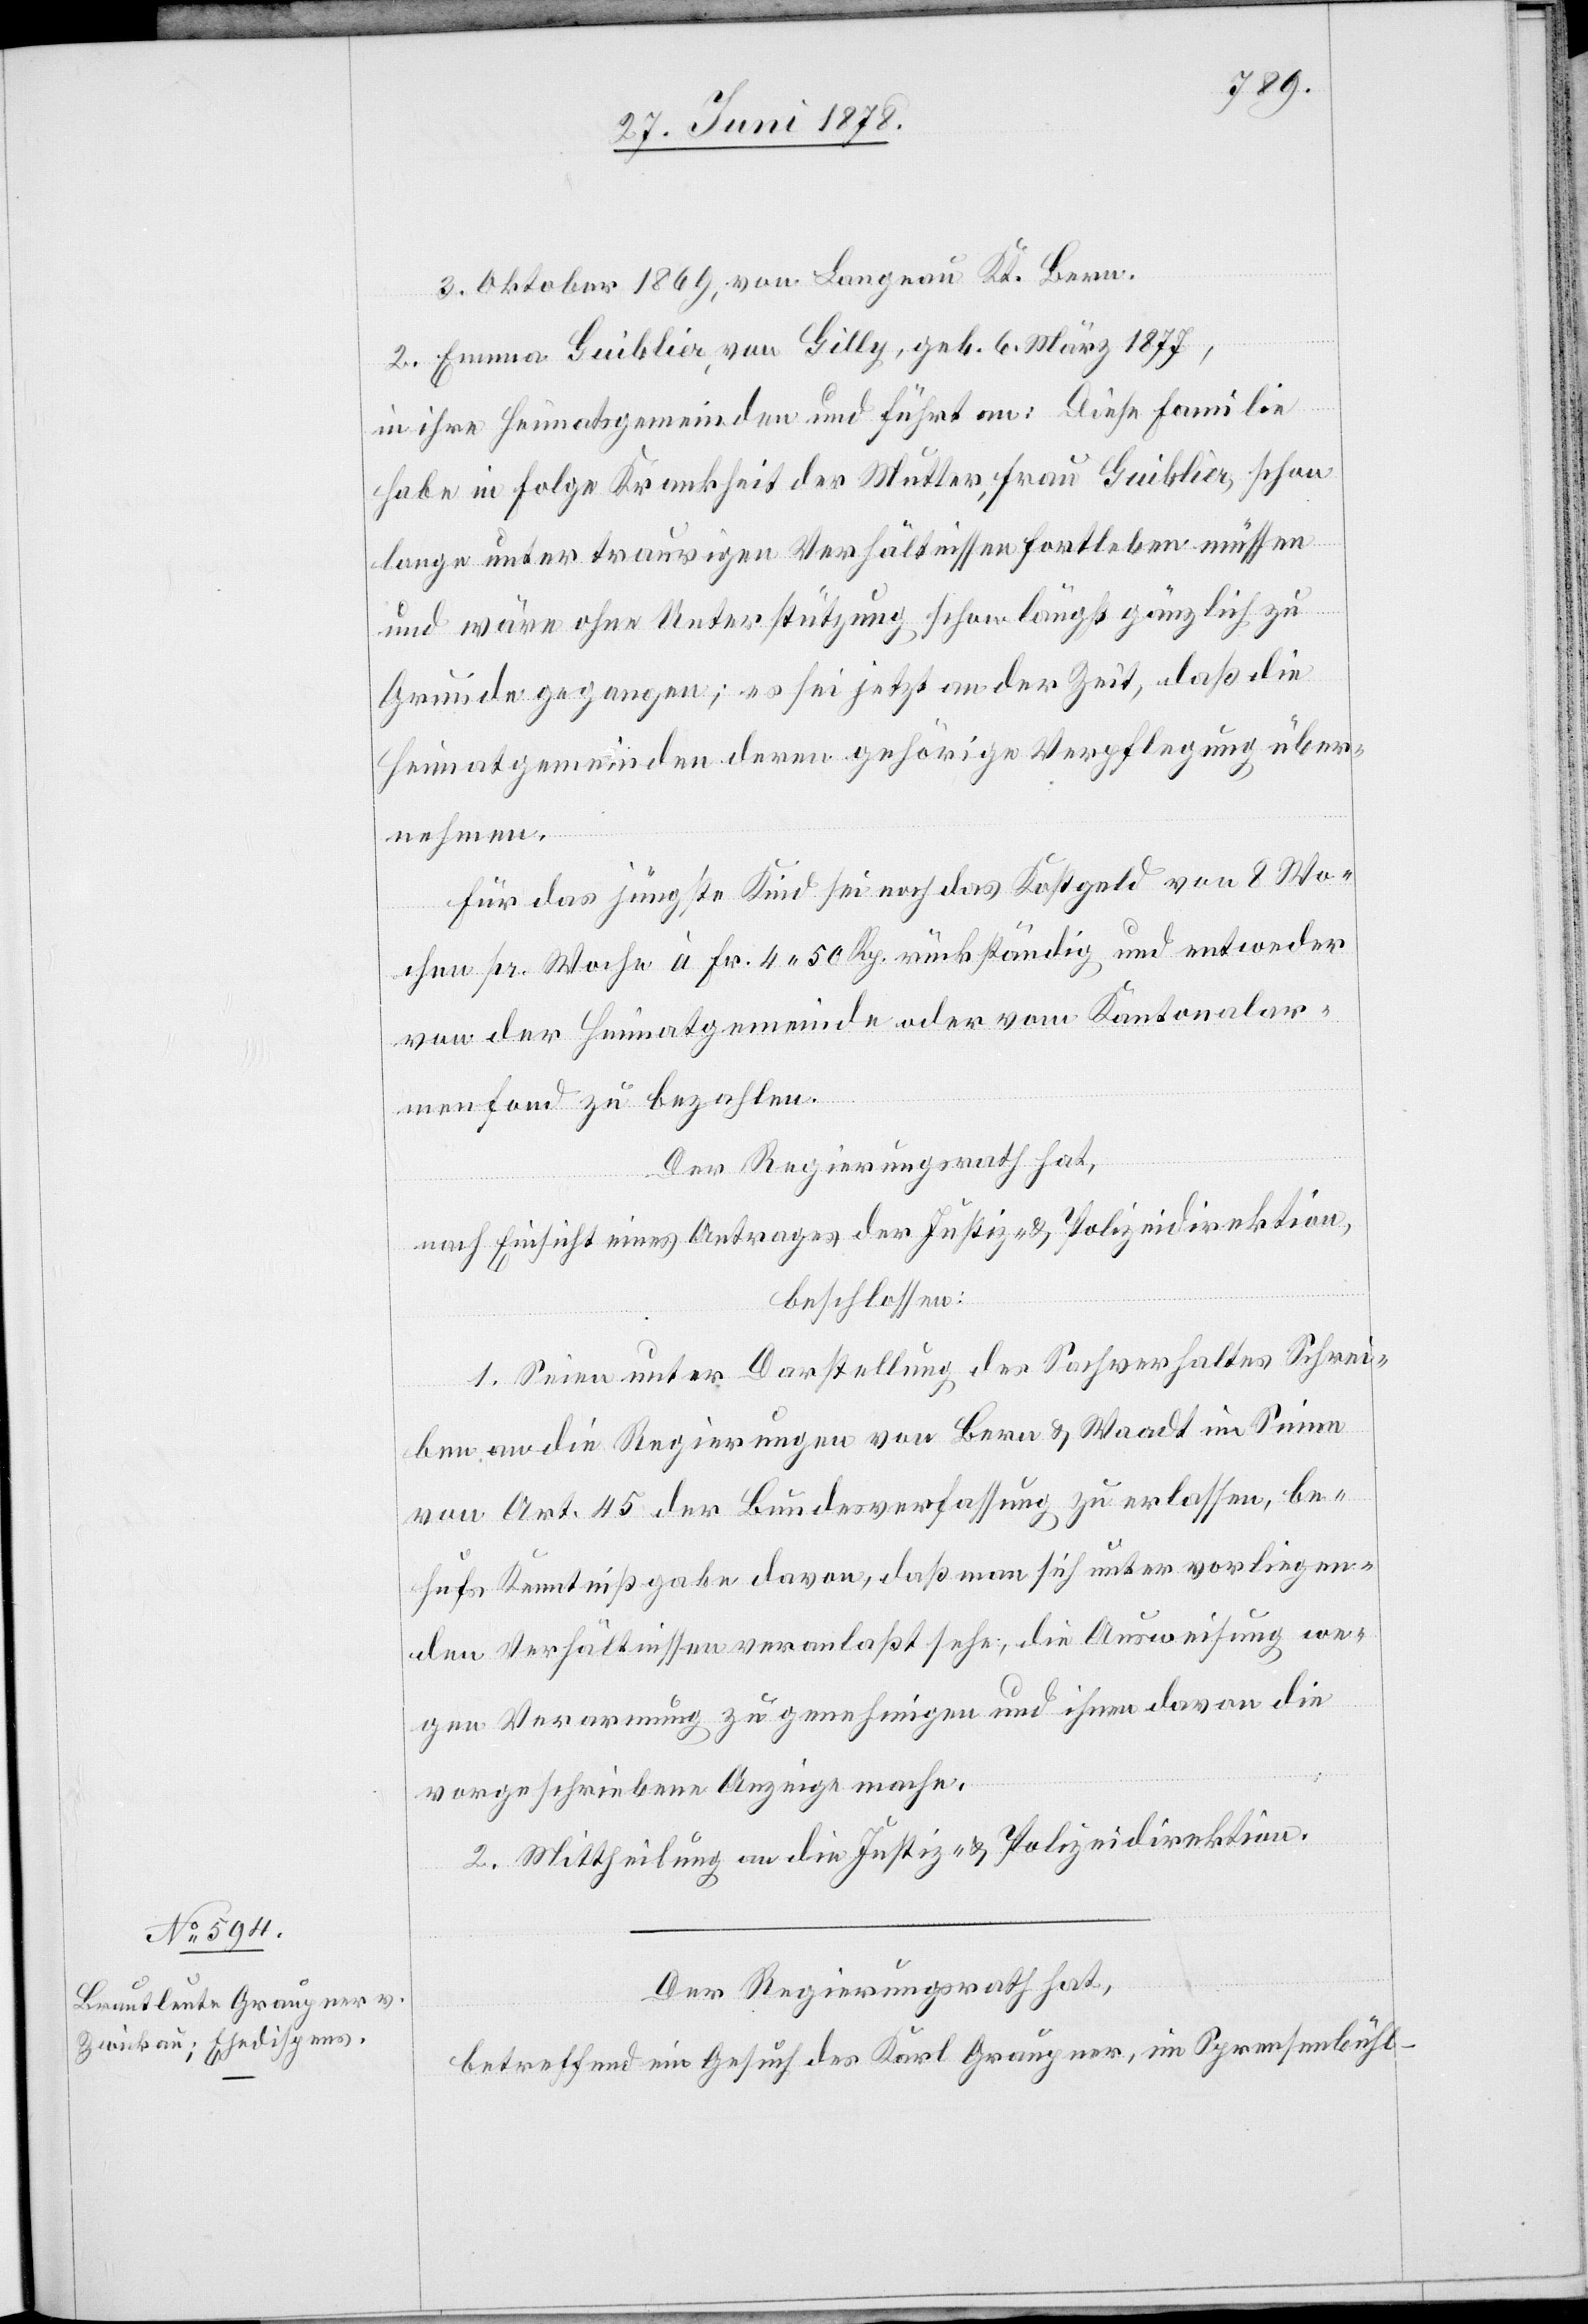
3. Oktober 1869, von Langnau Kt. Bern.
2. Emma Guiblier, von Gilly, geb. 6. März 1877,
in ihre Heimatsgemeinden und führt an: Diese Familie
habe in Folge Krankheit der Mutter, Frau Guiblier, schon
lange unter traurigen Verhältnissen fortleben müssen
und wäre ohne Unterstützung schon längst gänzlich zu
Grunde gegangen; es sei jetzt an der Zeit, daß die
Heimatgemeinden deren gehörige Verpflegung über¬
nehmen.
Für das jüngste Kind sei noch das Kostgeld von 8 Wo¬
chen pr. Woche à Fr. 4. 50 Rp. rückständig und entweder
von der Heimatgemeinde oder vom Kantonalar¬
menfond zu bezahlen.
Der Regierungsrath hat,
nach Einsicht eines Antrages der Justiz- & Polizeidirektion,
beschlossen:
1. Seien unter Darstellung des Sachverhaltes Schrei¬
ben an die Regierungen von Bern & Waadt im Sinne
von Art. 45 der Bundesverfassung zu erlassen, be¬
hufs Kenntniß davon, daß man sich unter vorliegen¬
den Verhältnissen veranlaßt sehe, die Ausweisung we¬
gen Verarmung zu genehmigen und ihnen davon die
vorgeschriebene Anzeige mache.
2. Mittheilung an die Justiz- & Polizeidirektion.
Der Regierungsrath hat,
betreffend ein Gesuch des Karl Grauper, in Sprensenbühl